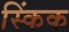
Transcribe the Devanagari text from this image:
स्किंक